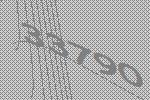
33790